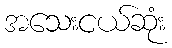
အသေးငယ်ဆုံး